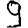
Digit: 9